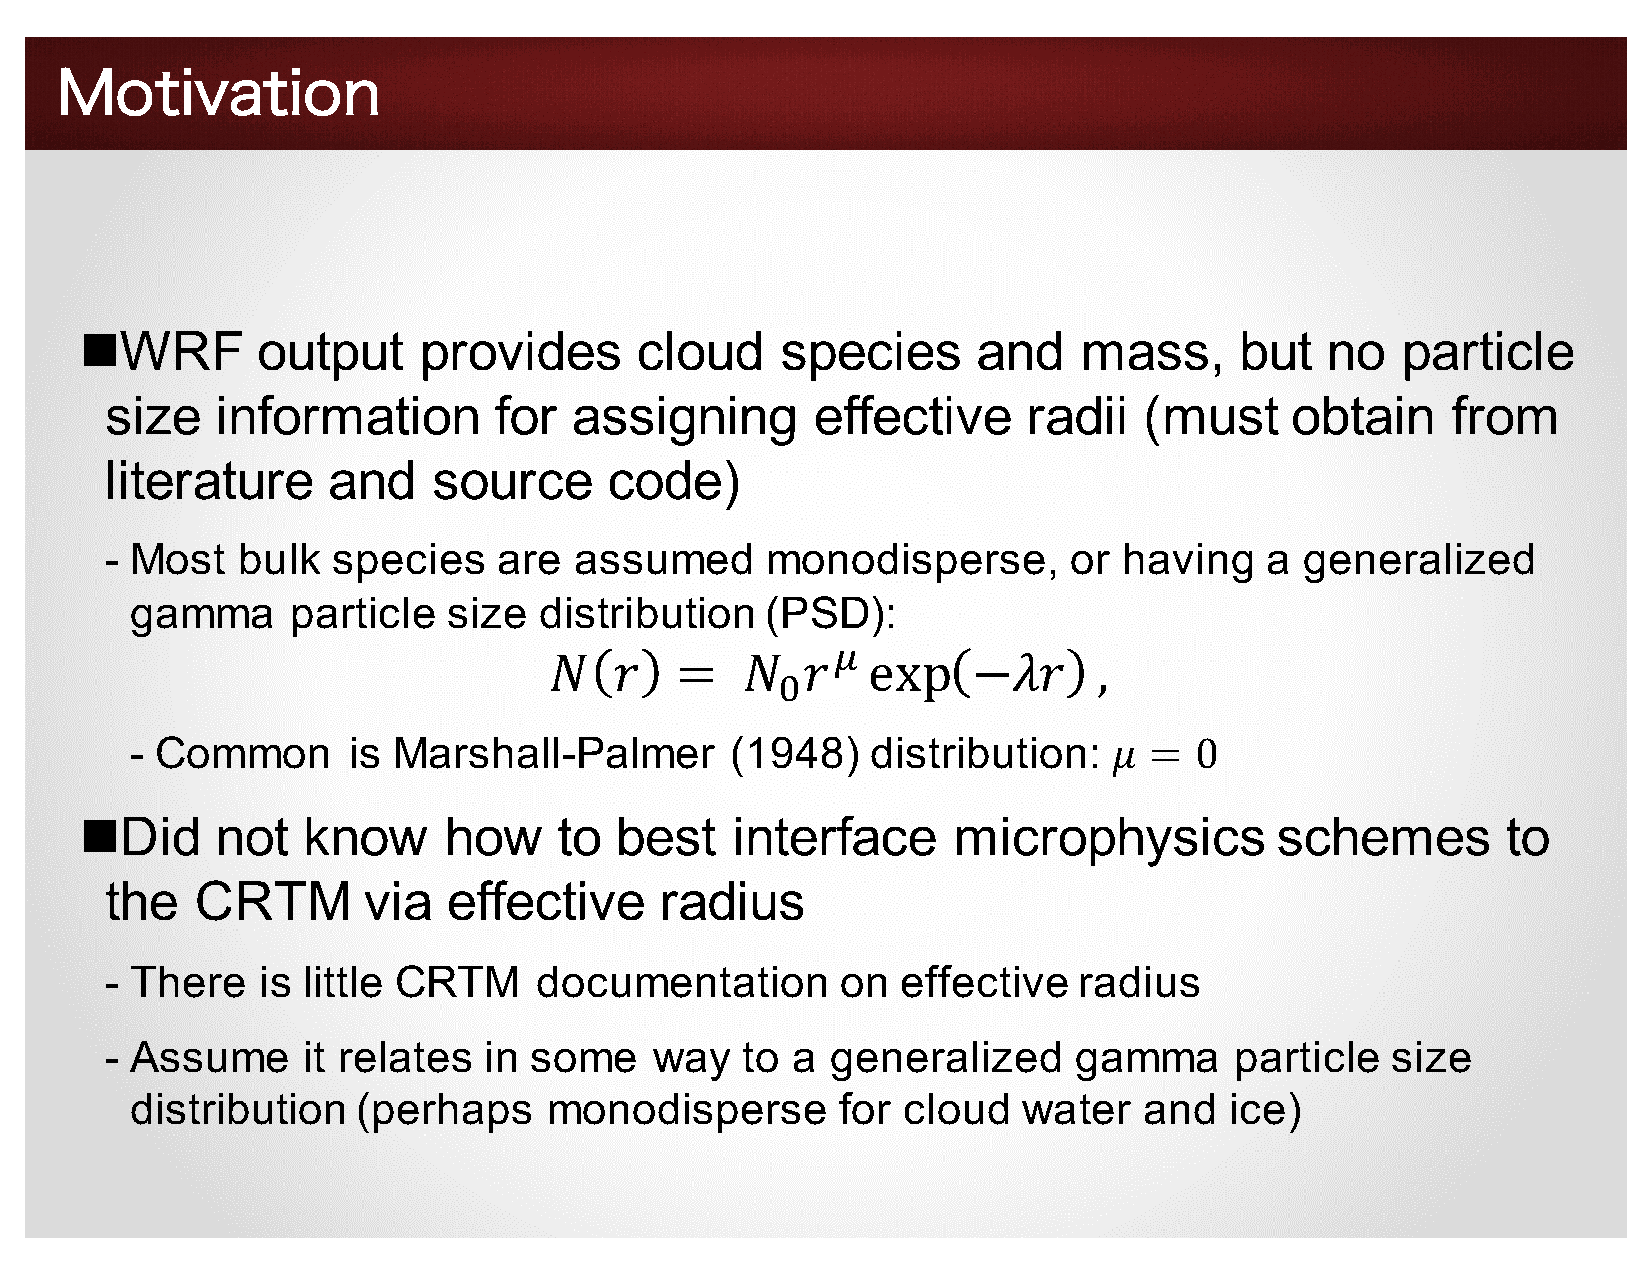
Motivation
 nWRF        output     provides      cloud     species      and    mass,     but   no   particle
 size   information        for  assigning       effective     radii   (must    obtain     from
 literature     and    source     code)
 - Most   bulk  species    are  assumed      monodisperse,       or having    a generalized
 gamma     particle   size  distribution   (PSD):
 :
 𝑁    𝑟   =   𝑁   𝑟   exp    −𝜆𝑟      ,
 9
 - Common      is Marshall-Palmer       (1948)    distribution:   𝜇 =  0
 nDid     not   know     how     to  best   interface      microphysics         schemes         to
 the   CRTM       via   effective     radius
 - There   is little CRTM     documentation       on  effective  radius
 - Assume     it relates  in some    way   to a  generalized     gamma      particle  size
 distribution   (perhaps    monodisperse        for cloud   water   and  ice)